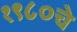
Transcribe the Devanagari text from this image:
१९८०चे